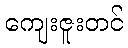
ကျေးဇူးတင်